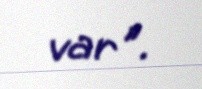
var".